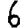
Digit: 6